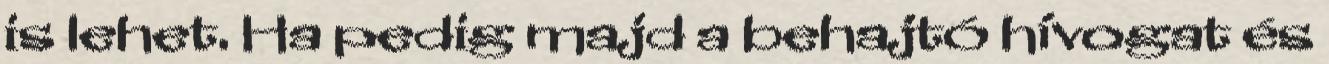
is lehet. Ha pedig majd a behajtó hívogat és